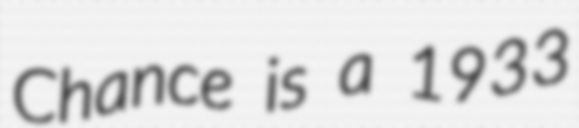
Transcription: Chance is a 1933